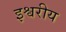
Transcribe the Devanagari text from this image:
इश्वरीय